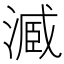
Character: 𣻟